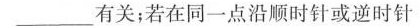
___ 有关；若在同一点沿顺时针或逆时针